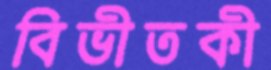
বিভীতকী